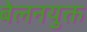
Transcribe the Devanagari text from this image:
बेलनयुक्त